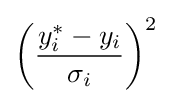
\left({\frac {y_{i}^{*}-y_{i}}{\sigma _{i}}}\right)^{2}\,\!